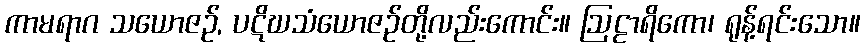
ကာမရာဂ သယောဇဉ်, ပဋိဃသံယောဇဉ်တို့လည်းကောင်း။ ဩဠာရိကော၊ ရုန့်ရင်းသော။